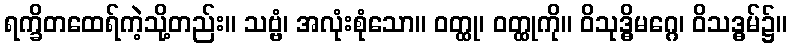
ရက္ခိတထေရ်ကဲ့သို့တည်း။ သဗ္ဗံ၊ အလုံးစုံသော။ ဝတ္ထု၊ ဝတ္ထုကို။ ဝိသုဒ္ဓိမဂ္ဂေ၊ ဝိသဒ္ဓမ်၌။